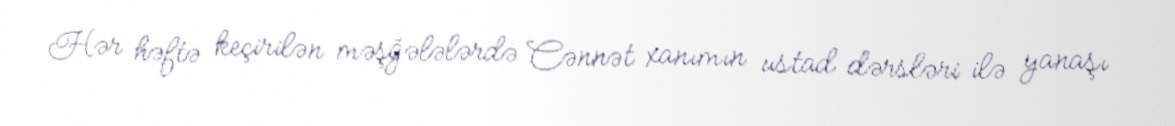
Hər həftə keçirilən məşğələlərdə Cənnət xanımın ustad dərsləri ilə yanaşı